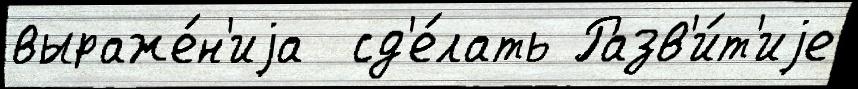
выраже́н'иjа  сд'е́лать Разв'и́т'иjе